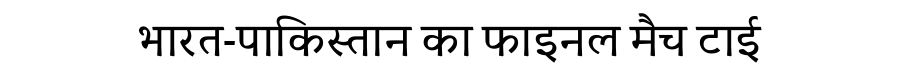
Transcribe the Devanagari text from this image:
भारत-पाकिस्तान का फाइनल मैच टाई